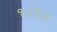
૧૯૫૩